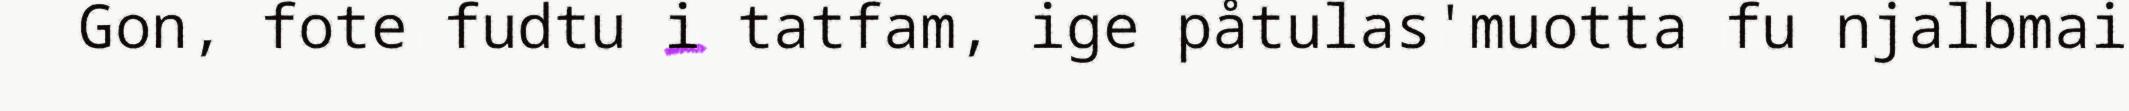
Gon, fote fudtu i tatfam, ige påtulas'muotta fu njalbmai